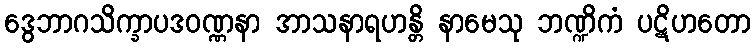
ဒွေဘာဂသိက္ခာပဒဝဏ္ဏနာ အာသနာရဟန္တိ နာမေသု ဘဏ္ဍိကံ ပဋိဟတော